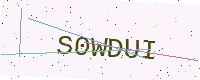
Text: S0WDUI